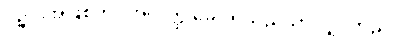
ပဉ္ဇင်းအဖြစ်ကို။ အလတ္ထ ခေါ၊ ရသည်သာလျှင်တည်း။